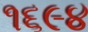
૧૬૯૪